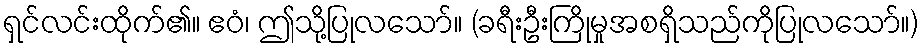
ရှင်လင်းထိုက်၏။ ဧဝံ၊ ဤသို့ပြုလသော်။ (ခရီးဦးကြိုမှုအစရှိသည်ကိုပြုလသော်။)